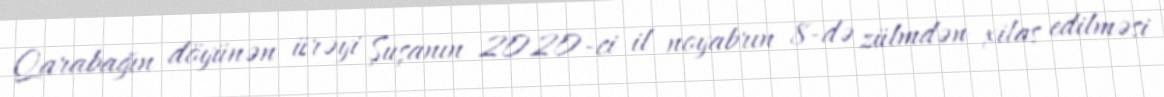
Qarabağın döyünən ürəyi Şuşanın 2020-ci il noyabrın 8-də zülmdən xilas edilməsi